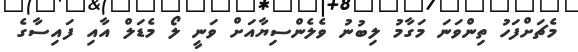
މެޗަށްފަހު ތިންވަނަ މަގާމު ލިބުނު ވެލެންސިޔާއަށް ވަނީ ލޯ މެޑަލް އާއި ފައިސާގެ